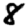
Digit: 8